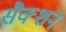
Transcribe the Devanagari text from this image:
सैक्शन